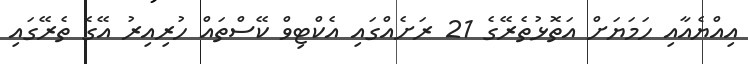
އިއްޔެއާއި ހަމަޔަށް އަތޮޅުތެރޭގެ 21 ރަށެއްގައި އެކްޓިވް ކޭސްތައް ހުރިއިރު އޭގެ ތެރޭގައި